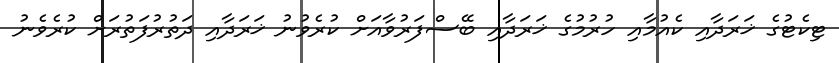
ޓިކެޓުގެ ޚަރަދާއި ކެއުމާއި ހުރުމުގެ ޚަރަދާއި ބޭސްފަރުވާއަށް ކުރެވުނު ޚަރަދާއި ދަތުރުފަތުރަށް ކުރެވެނު